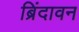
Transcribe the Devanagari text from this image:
ब्रिंदावन